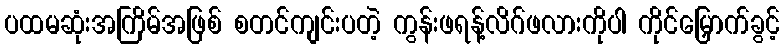
ပထမဆုံးအကြိမ်အဖြစ် စတင်ကျင်းပတဲ့ ကွန်းဖရန့်လိဂ်ဖလားကိုပါ ကိုင်မြှောက်ခွင့်